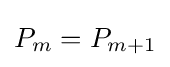
P_{m}=P_{m+1}